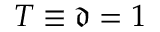
T \equiv \mathfrak { d } = 1